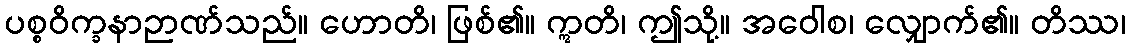
ပစ္စဝိက္ခနာဉာဏ်သည်။ ဟောတိ၊ ဖြစ်၏။ ဣတိ၊ ဤသို့။ အဝေါစ၊ လျှောက်၏။ တိဿ၊